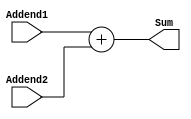
module ADD (
    input [15:0]Addend1,
    input [15:0]Addend2,

    output [15:0]Sum
);
    
    assign Sum = Addend1 + Addend2;
endmodule